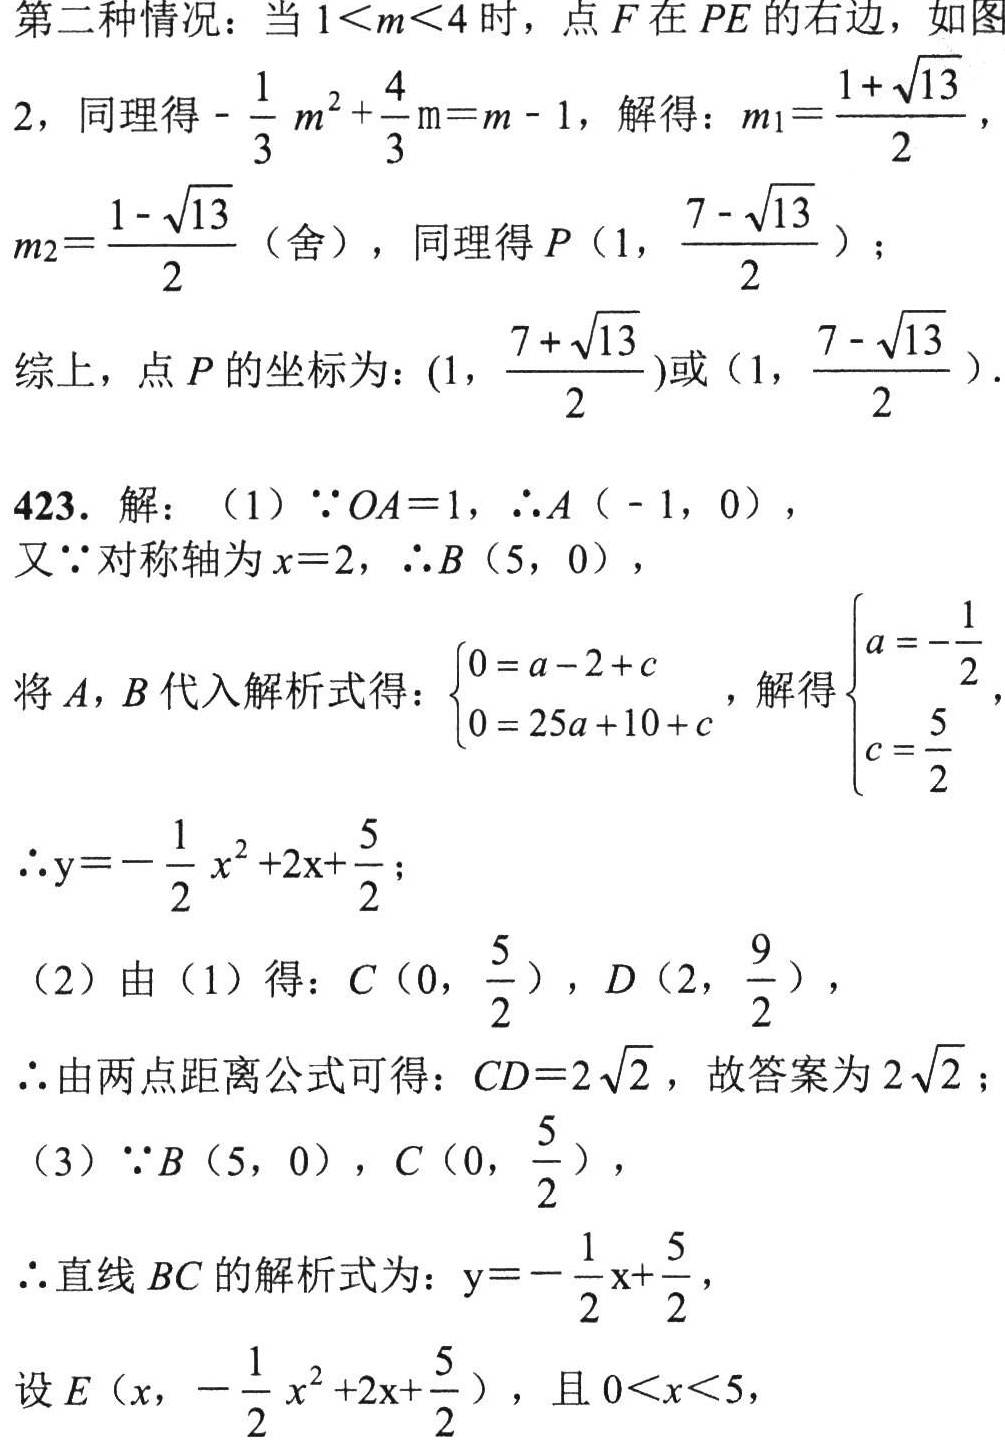
第二种情况：当\(1 < m < 4\)时，点\(F\)在\(PE\)的右边，如图
2，同理得\(-\frac{1}{3}m^{2}+\frac{4}{3}m = m - 1\)，解得：\(m_{1}=\frac{1 + \sqrt{13}}{2}\)，
\(m_{2}=\frac{1 - \sqrt{13}}{2}\)（舍），同理得\(P\left(1,\frac{7 - \sqrt{13}}{2}\right)\)；
综上，点\(P\)的坐标为：\(\left(1,\frac{7 + \sqrt{13}}{2}\right)\)或\(\left(1,\frac{7 - \sqrt{13}}{2}\right)\).

423. 解：（1）\(\because OA = 1\)，\(\therefore A(-1,0)\)，
又\(\because\)对称轴为\(x = 2\)，\(\therefore B(5,0)\)，
将\(A,B\)代入解析式得：\(\begin{cases}0 = a - 2 + c\\0 = 25a + 10 + c\end{cases}\)，解得\(\begin{cases}a = -\frac{1}{2}\\c = \frac{5}{2}\end{cases}\)，
\(\therefore y = -\frac{1}{2}x^{2}+2x+\frac{5}{2}\)；
（2）由（1）得：\(C\left(0,\frac{5}{2}\right)\)，\(D\left(2,\frac{9}{2}\right)\)，
\(\therefore\)由两点距离公式可得：\(CD = 2\sqrt{2}\)，故答案为\(2\sqrt{2}\)；
（3）\(\because B(5,0)\)，\(C\left(0,\frac{5}{2}\right)\)，
\(\therefore\)直线\(BC\)的解析式为：\(y = -\frac{1}{2}x+\frac{5}{2}\)，
设\(E\left(x,-\frac{1}{2}x^{2}+2x+\frac{5}{2}\right)\)，且\(0 < x < 5\)，